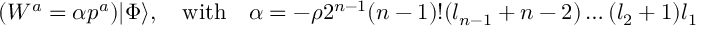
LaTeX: ( W ^ { a } = \alpha p ^ { a } ) | \Phi \rangle , \quad \mathrm { w i t h } \quad \alpha = - \rho 2 ^ { n - 1 } ( n - 1 ) ! ( l _ { n - 1 } + n - 2 ) \ldots ( l _ { 2 } + 1 ) l _ { 1 }